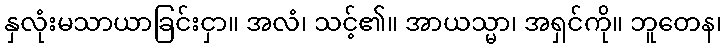
နှလုံးမသာယာခြင်းငှာ။ အလံ၊ သင့်၏။ အာယသ္မာ၊ အရှင်ကို။ ဘူတေန၊